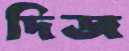
দিজ